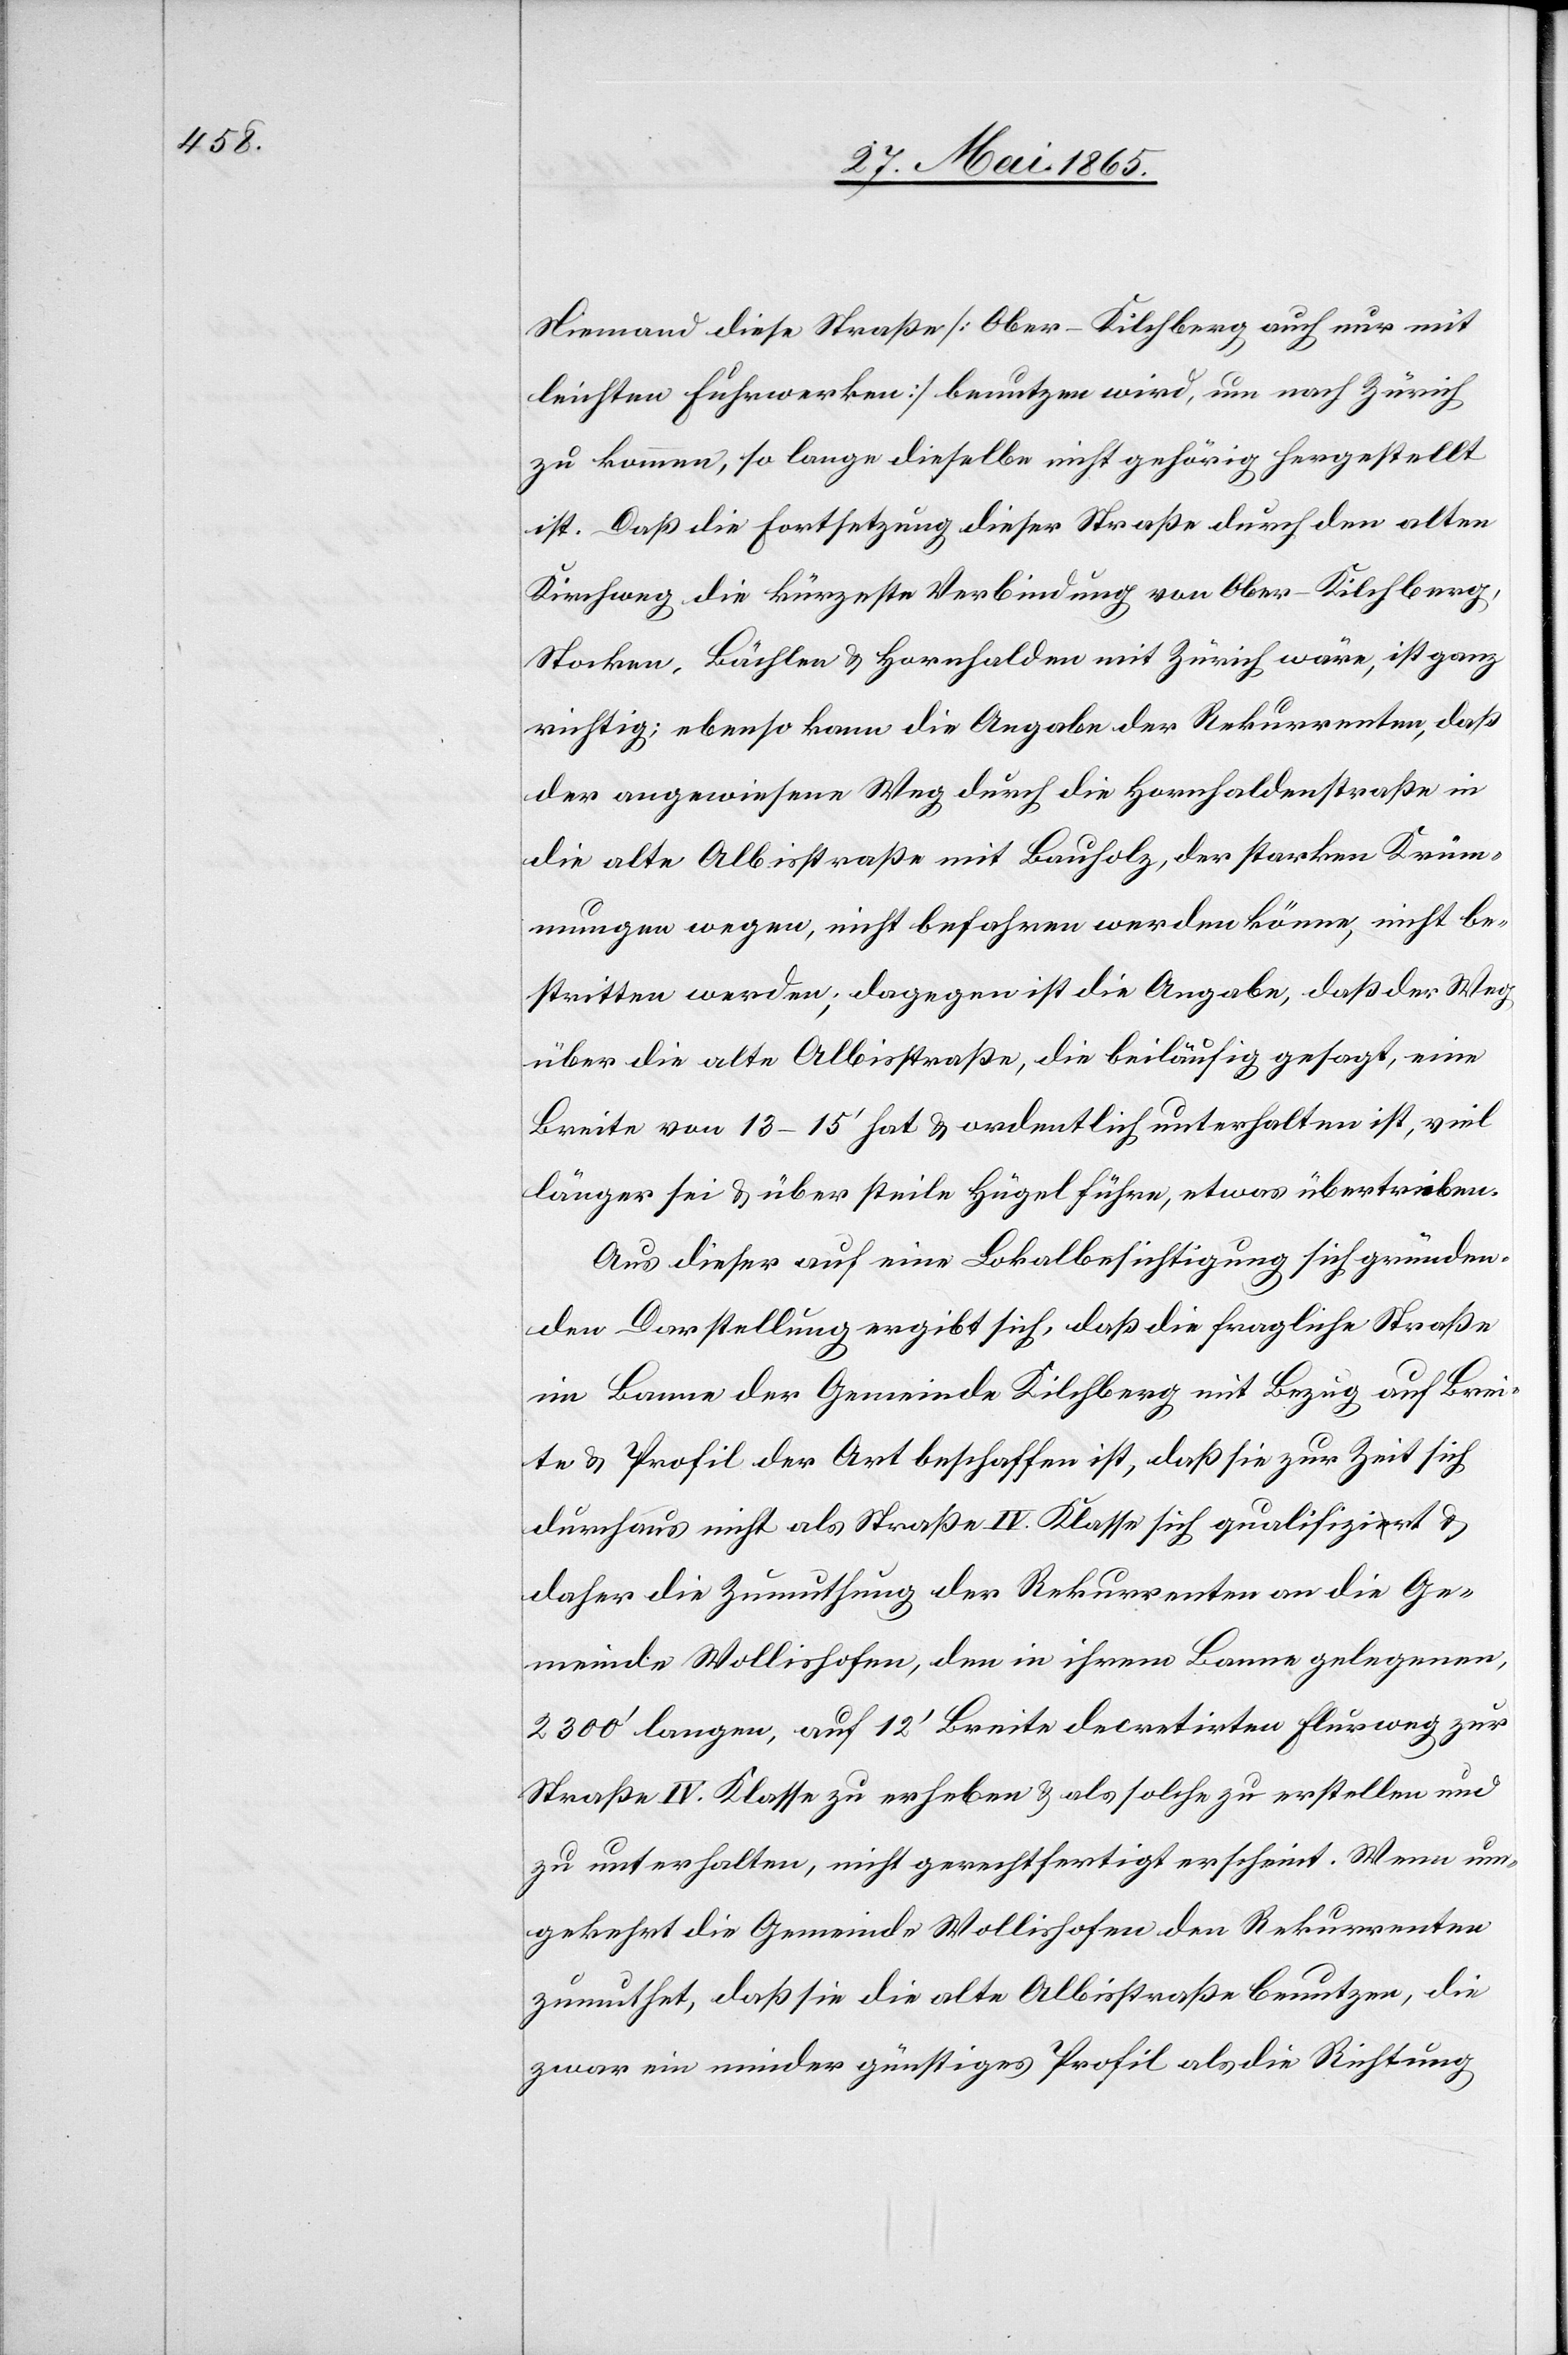
Niemand diese Straße [Ober-Kilchberg auch nur mit
leichten Fuhrwerken] benutzen wird, um nach Zürich
zu kommen, so lange dieselbe nicht gehörig hergestellt
ist. Daß die Fortsetzung dieser Straße durch den alten
Kirchweg die kürzeste Verbindung von Ober-Kilchberg,
Stocken, Bächlen & Hornhalden mit Zürich wäre, ist ganz
richtig; ebenso kann die Angabe der Rekurrenten, daß
der angewiesene Weg durch die Hornhaldenstraße in
die alte Albisstraße mit Beuholz, der starken Krüm¬
mungen wegen, nicht befahren werden könne, nicht be¬
stritten werden; dagegen ist die Angabe, daß der Weg
über die alte Albisstraße, die beiläufig gesagt, eine
Breite von 13–15’ hat & ordentlich unterhalten ist, viel
länger sei & über steile Hügel führe, etwas übertrieben.
Aus dieser auf eine Lokalbesichtigung sich gründen¬
den Darstellung ergibt sich, daß die fragliche Straße
im Banne der Gemeinde Kilchberg mit Bezug auf Brei¬
te & Profil der Art beschaffen ist, daß sie zur Zeit sich
durchaus nicht als Straße IV. Klasse sich qualifizirt &
daher die Zumuthung der Rekurrenten an die Ge¬
meinde Wollishofen, den in ihrem Banne gelegenen,
2300’ langen, auf 12’ Breite decretirten Flurweg zur
Straße IV. Klasse zu erheben & als solche zu erstellen und
zu unterhalten, nicht gerechtfertigt erscheint. Wenn um¬
gekehrt die Gemeinde Wollishofen den Rekurrenten
zumuthet, daß sie die alte Albisstraße benutzen, die
zwar ein minder günstiges Profil als die Richtung